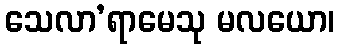
သေလာ’ရာမေသု မလယော၊